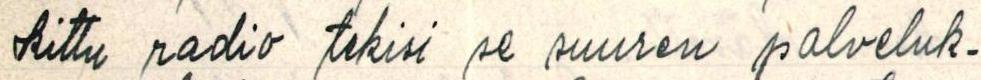
kittu radio tekisi se suuren palveluk-